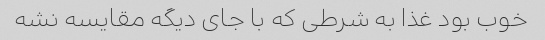
خوب بود غذا به شرطی که با جای دیگه مقایسه نشه